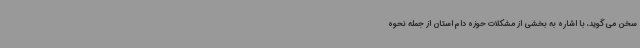
سخن می‌گوید، با اشاره به بخشی از مشکلات حوزه دام استان از جمله نحوه